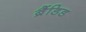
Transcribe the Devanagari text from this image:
ब्रैंडिड